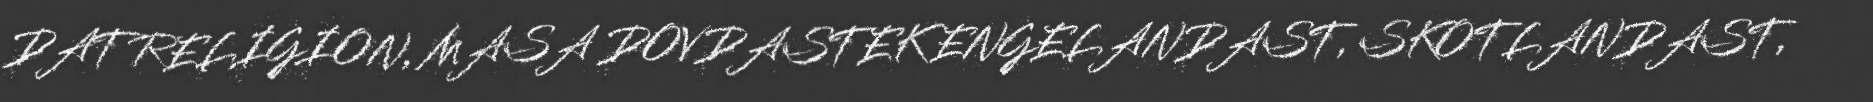
DAT RELIGION, MASA DOVDASTEK ENGELANDAST, SKOTLANDAST,